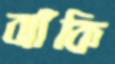
ঝাঁকি